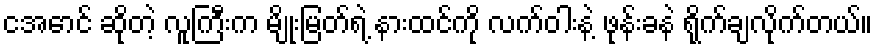
ငအောင် ဆိုတဲ့ လူကြီးက မျိုးမြတ်ရဲ့ နားထင်ကို လက်ဝါးနဲ့ ဖုန်းခနဲ ရိုက်ချလိုက်တယ်။